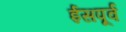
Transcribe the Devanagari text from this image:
ईसपूर्व